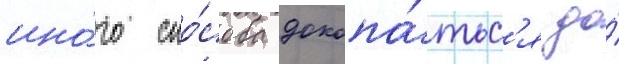
ино́го спо́соба докопа́тьс'я до́